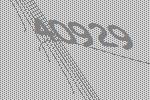
40929